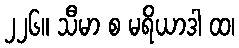
၂၂၆။ သီမာ စ မရိယာဒါ ထ၊